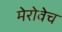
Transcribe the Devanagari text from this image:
मेरोवेच